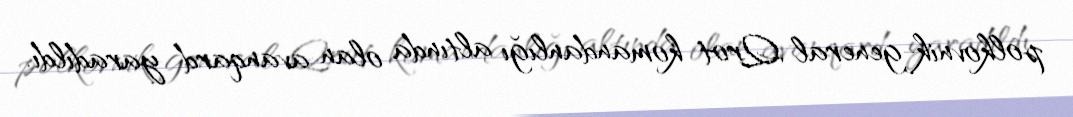
polkovnik-general Qrot komandanlığı altında olan avanqard yaradıldı.